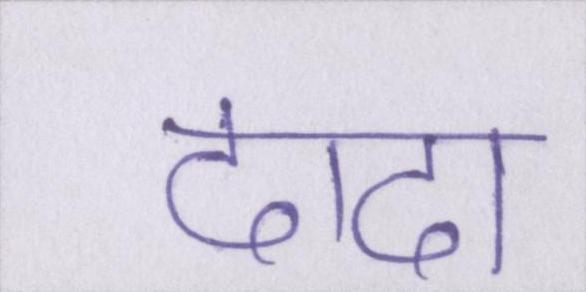
दादा